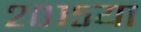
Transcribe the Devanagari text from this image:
२०१५या